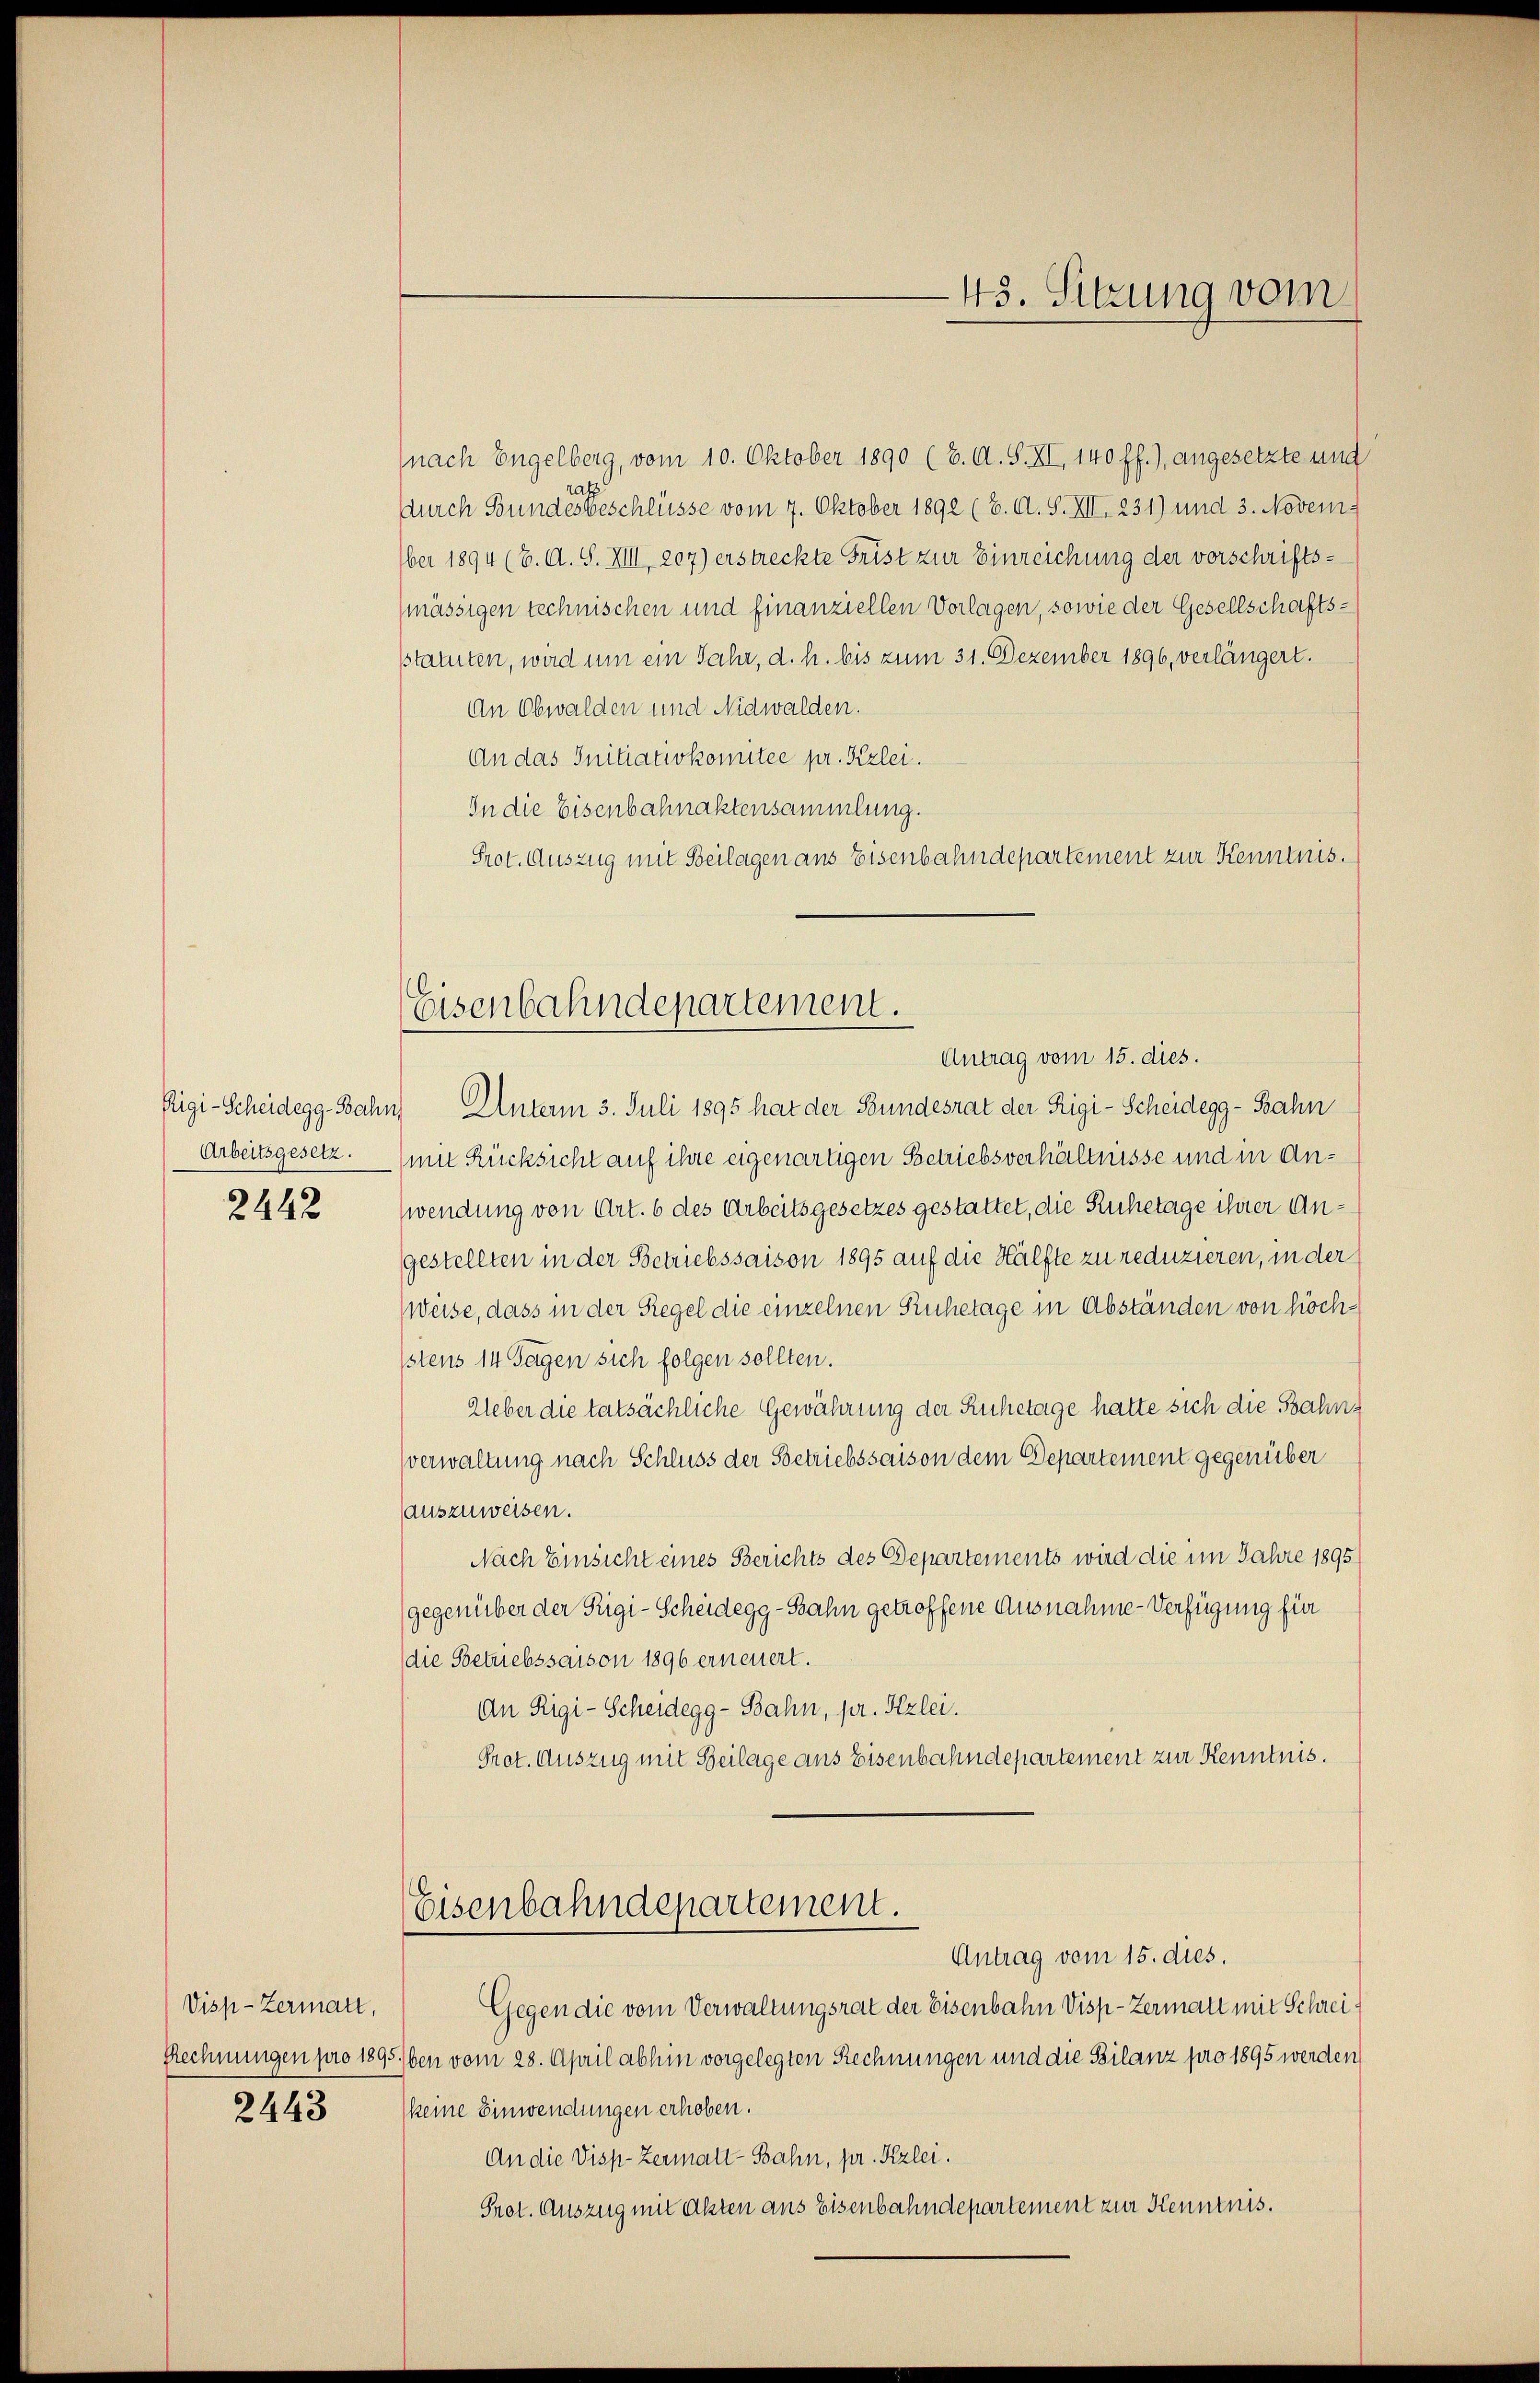
Arbeitsgesetz.

2442

Visp-Zermart,
2443

(nach Engelberg, vom 10. Oktober 1890 (6. A. S. XI, 140 ff.), angesetzte und
rath
durch Bundesbeschlüsse vom 7. Oktober 1892 (2. A. S. XII 231) und 3. November 1894 (3. A. S. XIII, 207) erstreckte Frist zur Einreichung der vorschriftsmässigen technischen und finanziellen Vorlagen, sowie der Gesellschaftssstatuten, wird um ein Jahr, d. h. bis zum 31. Dezember 1896, verlängert.
An Obwalden und Nidwalden.
An das Initiativkomitee pr. Kzlei.
In die Eisenbahnaktensammlung.
Prot. Auszug mit Beilagen aus Eisenbahndepartement zur Kenntnis.
Rigi-Scheidegg-Bahn, Unterm 3. Juli 1895 hat der Bundesrat der Rigi-Scheidegg-Bahn
(mit Rücksicht auf ihre eigenartigen Betriebsverhältnisse und in Anwendung von Art. 6 des Arbeitsgesetzes gestattet, die Ruhetage ihrer Angestellten in der Betriebssaison 1895 auf die Hälfte zu reduzieren, in der
Weise, dass in der Regel die einzelnen Ruhetage in Abständen von höchstens 14 Tagen sich folgen sollten.
Ueber die tatsächliche Gewährung der Ruhetage hatte sich die Bahnverwaltung nach Schluss der Betriebssaison dem Departement gegenüber
auszuweisen.
Nach Einsicht eines Berichts des Departements wird die im Jahre 1895
(gegenüber der Rigi-Scheidegg-Bahn getroffene Ausnahme-Verfügung für
die Betriebssaison 1896 erneuert.
An Rigi-Scheidegg-Bahn, pr. Ilzlei.
Prot. Auszug mit Beilage aus Eisenbahndepartement zur Kenntnis.
Eisenbahndepartement.
Antrag vom 15. dies.
Gegen die vom Verwaltungsrat der Eisenbahn Visp-Zerman mit Schrei¬
Rechnungen pro 1895 ben vom 28. April abhin vorgelegten Rechnungen und die Bilanz pro 1895 werden
keine Einwendungen erhoben.
An die Disp. Zermatt-Bahn, pr. Kzlei.
Prot. Auszug mit Akten aus Eisenbahndepartement zur Kenntnis.

Eisenbahndepartement.
Antrag vom 15. dies.

—43. Sitzung vom